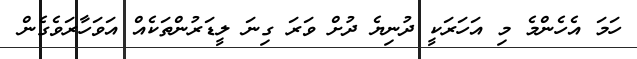
ހަމަ އެހެންމެ މި އަހަރަކީ ދުނިޔެ ދުށް ވަރަ ގިނަ ލީޑަރުންތަކެއް އަވަހާރަވެގެން